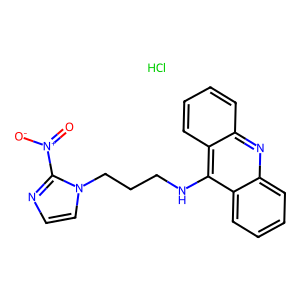
SMILES: Cl.O=[N+]([O-])c1nccn1CCCNc1c2ccccc2nc2ccccc12
Inhibits HIV replication: No